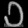
Digit: ၁